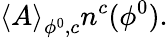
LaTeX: \left\langle A\right\rangle_{\phi^{0},c}n^{c}(\phi^{0}).